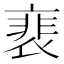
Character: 裵